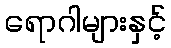
ရောဂါများနှင့်